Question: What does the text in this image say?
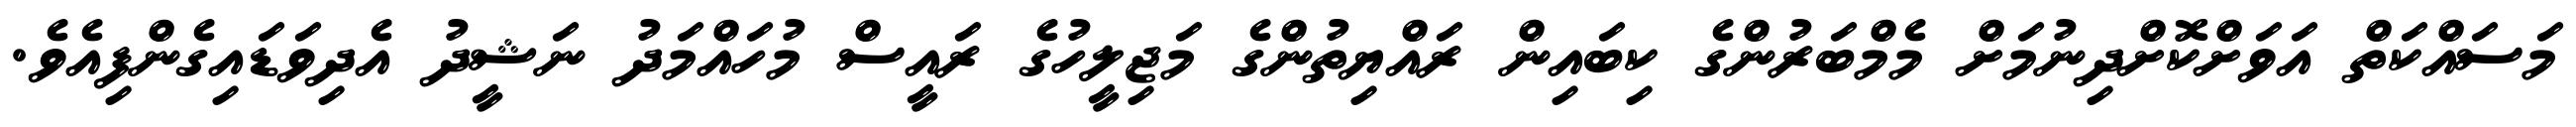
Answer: މަސައްކަތް އަވަށްކޮށްދިނުމަށް މެމްބަރުންގެ ކިބައިން ރައްޔިތުންގެ މަޖިލީހުގެ ރައީސް މުހައްމަދު ނަޝީދު އެދިވަޑައިގެންފިއެވެ.